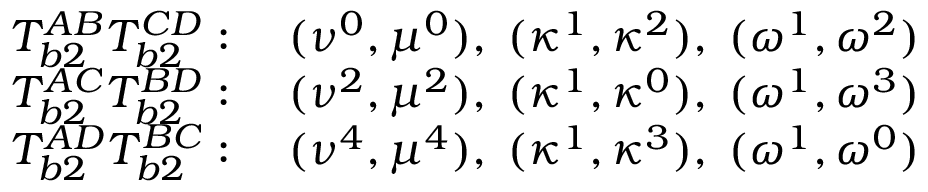
\begin{array} { l l } { T _ { b 2 } ^ { A B } T _ { b 2 } ^ { C D } : } & { \; ( \nu ^ { 0 } , \mu ^ { 0 } ) , \; ( \kappa ^ { 1 } , \kappa ^ { 2 } ) , \; ( \omega ^ { 1 } , \omega ^ { 2 } ) } \\ { T _ { b 2 } ^ { A C } T _ { b 2 } ^ { B D } : } & { \; ( \nu ^ { 2 } , \mu ^ { 2 } ) , \; ( \kappa ^ { 1 } , \kappa ^ { 0 } ) , \; ( \omega ^ { 1 } , \omega ^ { 3 } ) } \\ { T _ { b 2 } ^ { A D } T _ { b 2 } ^ { B C } : } & { \; ( \nu ^ { 4 } , \mu ^ { 4 } ) , \; ( \kappa ^ { 1 } , \kappa ^ { 3 } ) , \; ( \omega ^ { 1 } , \omega ^ { 0 } ) } \end{array}